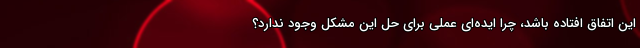
این اتفاق افتاده باشد، چرا ایده‌ای عملی برای حل این مشکل وجود ندارد؟